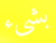
بشيء